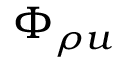
\Phi _ { \rho u }